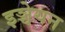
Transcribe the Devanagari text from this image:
इञ्चेयन